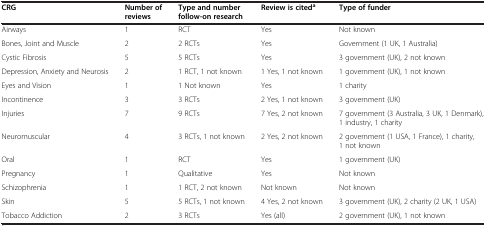
<table><thead><tr><td><b>CRG</b></td><td><b>Number of reviews</b></td><td><b>Type and number follow-on research</b></td><td><b>Review is cited<sup>a</sup></b></td><td><b>Type of funder</b></td></tr></thead><tbody><tr><td>Airways</td><td>1</td><td>RCT</td><td>Yes</td><td>Not known</td></tr><tr><td>Bones, Joint and Muscle</td><td>2</td><td>2 RCTs</td><td>Yes</td><td>Government (1 UK, 1 Australia)</td></tr><tr><td>Cystic Fibrosis</td><td>5</td><td>5 RCTs</td><td>Yes</td><td>3 government (UK), 2 not known</td></tr><tr><td>Depression, Anxiety and Neurosis</td><td>2</td><td>1 RCT, 1 not known</td><td>1 Yes, 1 not known</td><td>1 government (UK), 1 not known</td></tr><tr><td>Eyes and Vision</td><td>1</td><td>1 Not known</td><td>Yes</td><td>1 charity</td></tr><tr><td>Incontinence</td><td>3</td><td>3 RCTs</td><td>2 Yes, 1 not known</td><td>3 government (UK)</td></tr><tr><td>Injuries</td><td>7</td><td>9 RCTs</td><td>7 Yes, 2 not known</td><td>7 government (3 Australia, 3 UK, 1 Denmark), 1 industry, 1 charity</td></tr><tr><td>Neuromuscular</td><td>4</td><td>3 RCTs, 1 not known</td><td>2 Yes, 2 not known</td><td>2 government (1 USA, 1 France), 1 charity, 1 not known</td></tr><tr><td>Oral</td><td>1</td><td>RCT</td><td>Yes</td><td>1 government (UK)</td></tr><tr><td>Pregnancy</td><td>1</td><td>Qualitative</td><td>Yes</td><td>Not known</td></tr><tr><td>Schizophrenia</td><td>1</td><td>1 RCT, 2 not known</td><td>Not known</td><td>Not known</td></tr><tr><td>Skin</td><td>5</td><td>5 RCTs, 1 not known</td><td>4 Yes, 2 not known</td><td>3 government (UK), 2 charity (2 UK, 1 USA)</td></tr><tr><td>Tobacco Addiction</td><td>2</td><td>3 RCTs</td><td>Yes (all)</td><td>2 government (UK), 1 not known</td></tr></tbody></table>